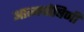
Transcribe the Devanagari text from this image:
आत्मपोषिणी